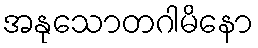
အနုသောတဂါမိနော